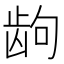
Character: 𱌮